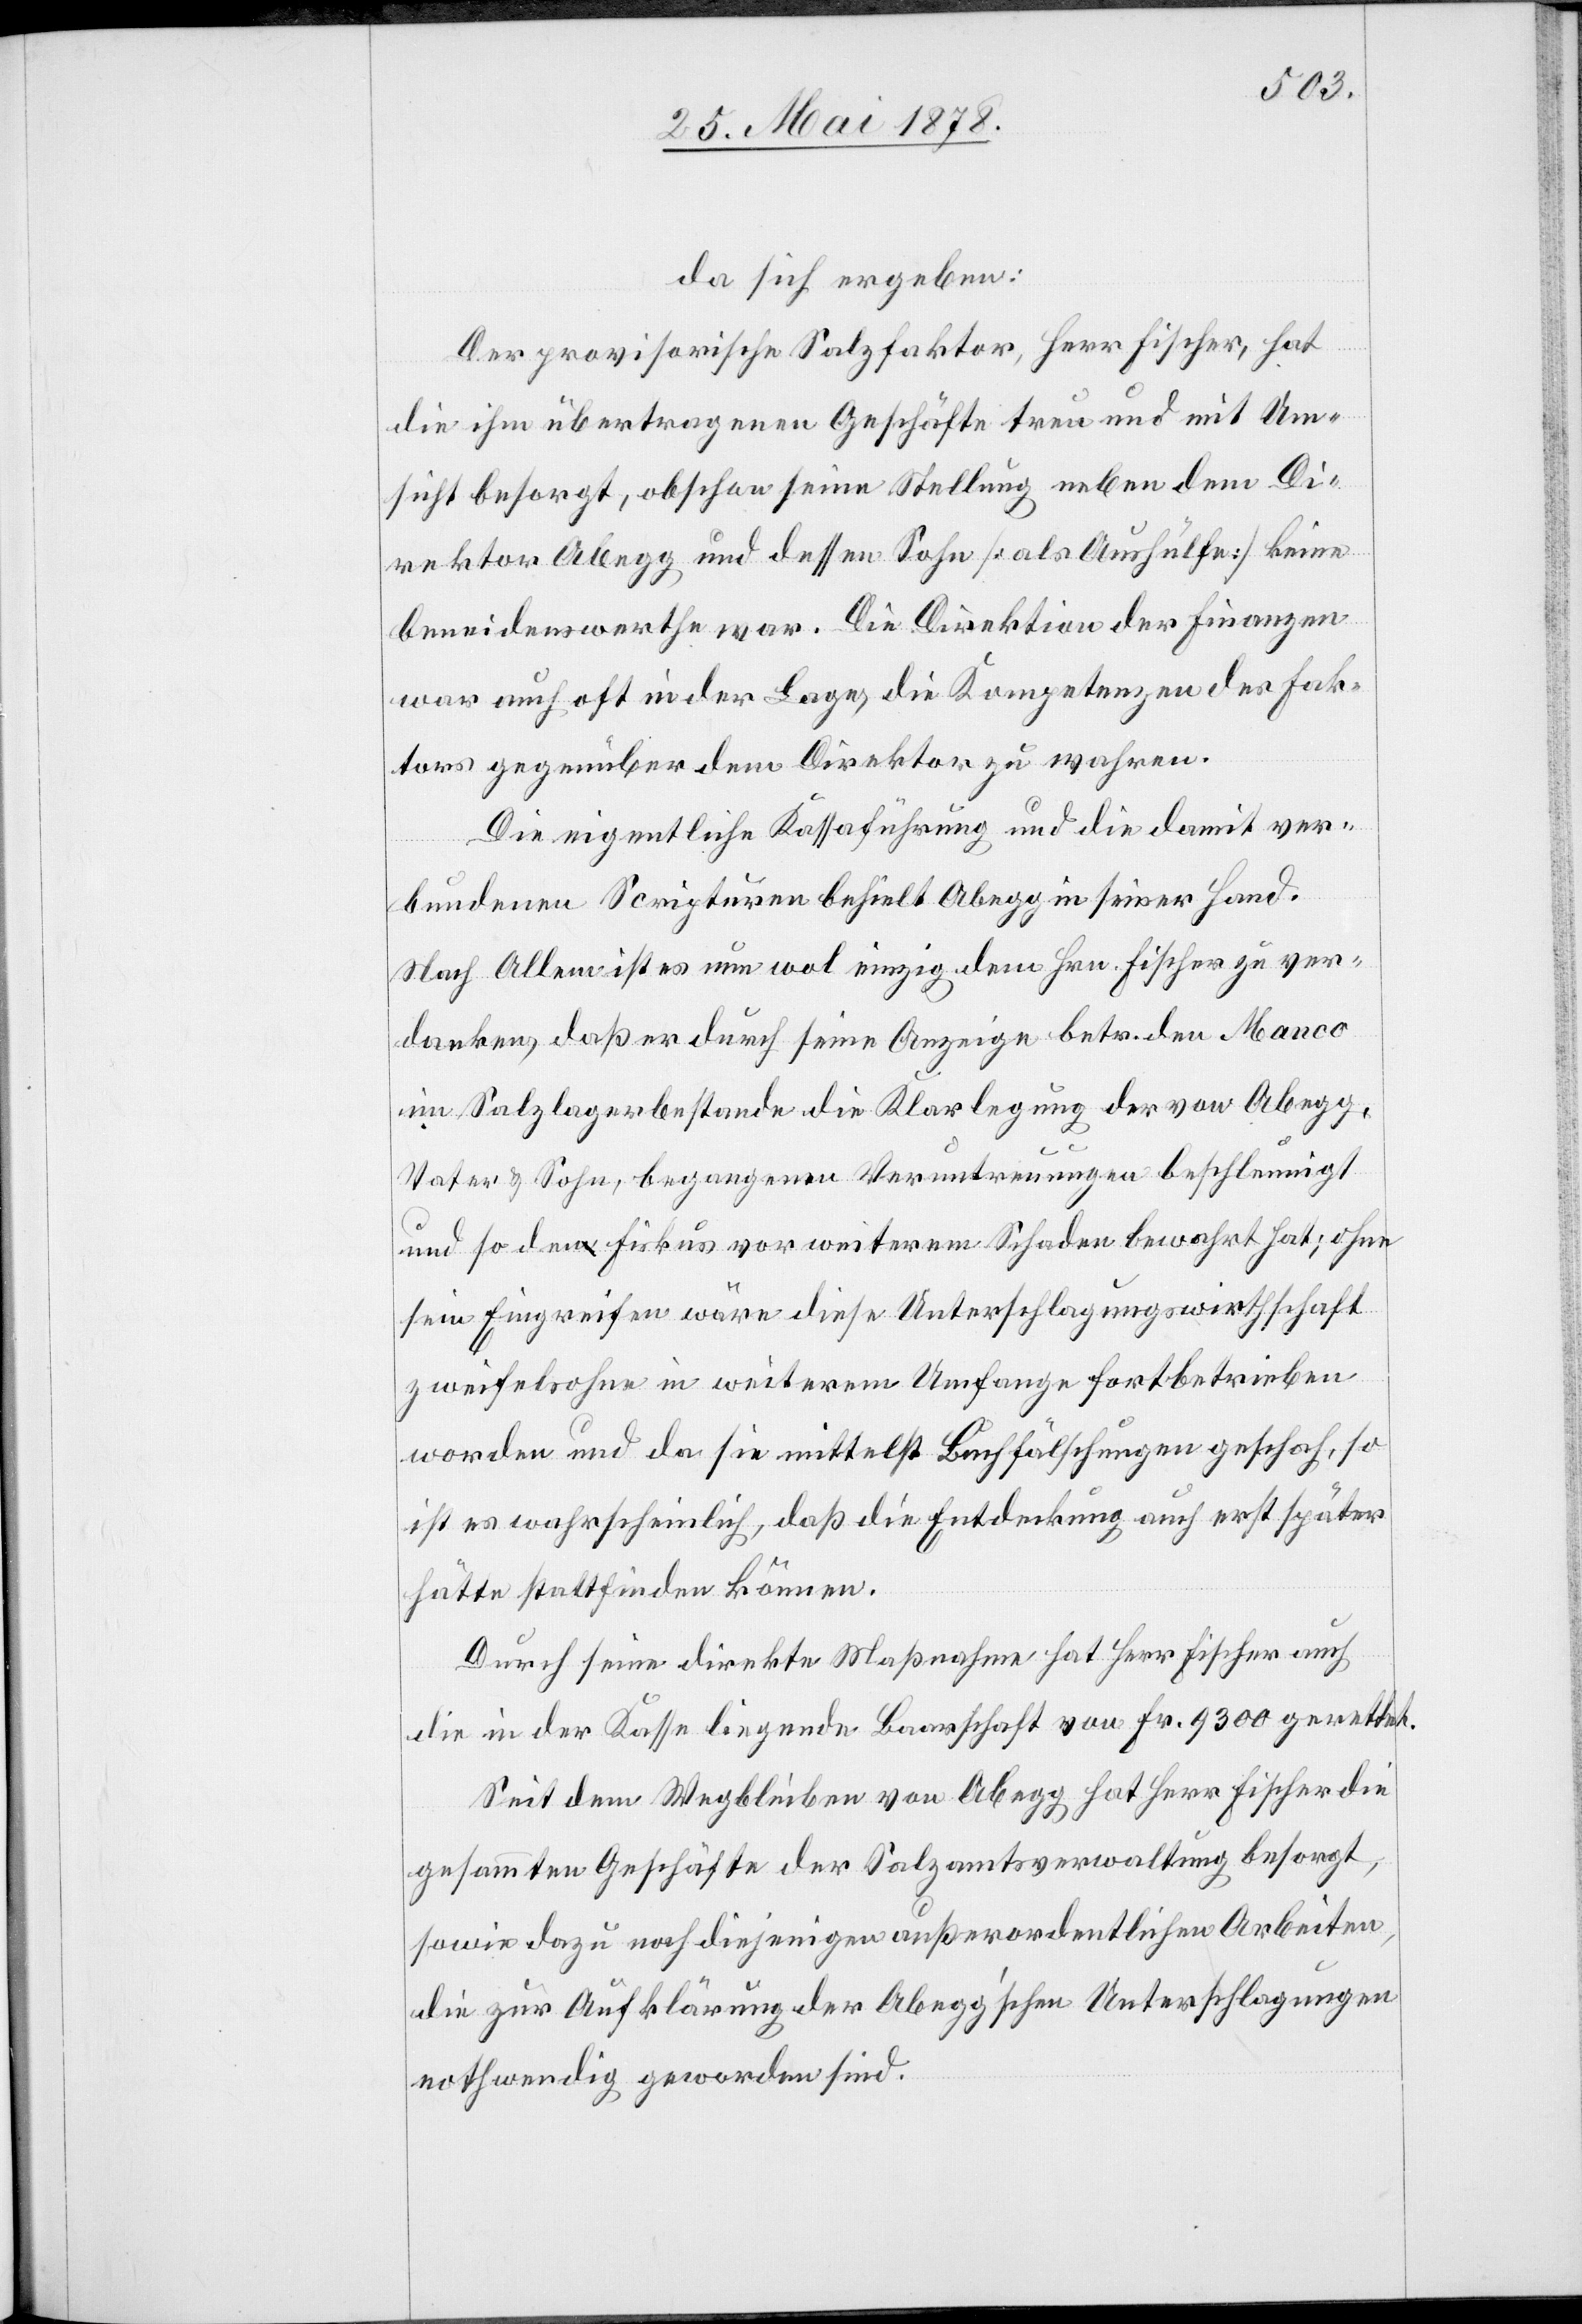
da sich ergeben:
Der provisorische Salzfaktor, Herr Fischer, hat
die ihm übertragenen Geschäfte treu und mit Um¬
sicht besorgt, obschon seine Stellung neben dem Di¬
rektor Abegg und dessen Sohn [als Aushülfe] keine
beneidenswerthe war. Die Direktion der Finanzen
war auch oft in der Lage, die Kompetenzen des Fak¬
tors gegenüber dem Direktor zu wahren.
Die eigentliche Kassaführung und die damit ver¬
bundenen Scripturen behielt Abegg in seiner Hand.
Nach Allem ist es nun wol einzig dem Hrn. Fischer zu ver¬
danken, das er durch seine Anzeige betr. den Manco
im Salzlagerbestande die Klarlegung der von Abegg,
Vater & Sohn, begangenen Veruntreuungen beschleunigt
und so den Fiskus vor weiterm Schaden bewahrt hat; ohne
sein Eingreifen wäre diese Unterschlagungswirthschaft
zweifelsohne in weiterem Umfange fortbetrieben
worden und da sie mittelst Baufälschungen geschah, so
ist es wahrscheinlich, dass die Entdeckung auch erst später
hätte stattfinden können.
Durch seine direkte Maßnahme hat Herr Fischer auch
die in der Kasse liegende Baarschaft von Fr. 9300 gerettet.
Seit dem Wegbleiben von Abegg hat Herr Fischer die
gesammten Geschäfte der Salzamtsverwaltung besorgt;
sowie dazu noch diejenigen außerordentlichen Arbeiten,
die zur Aufklärung der Abegg’schen Unterschlagungen
nothwendig geworden sind.